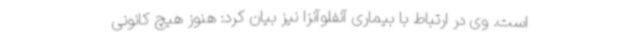
است. وی در ارتباط با بیماری آنفلوآنزا نیز بیان کرد: هنوز هیچ کانونی